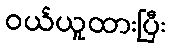
ဝယ်ယူထားပြီး